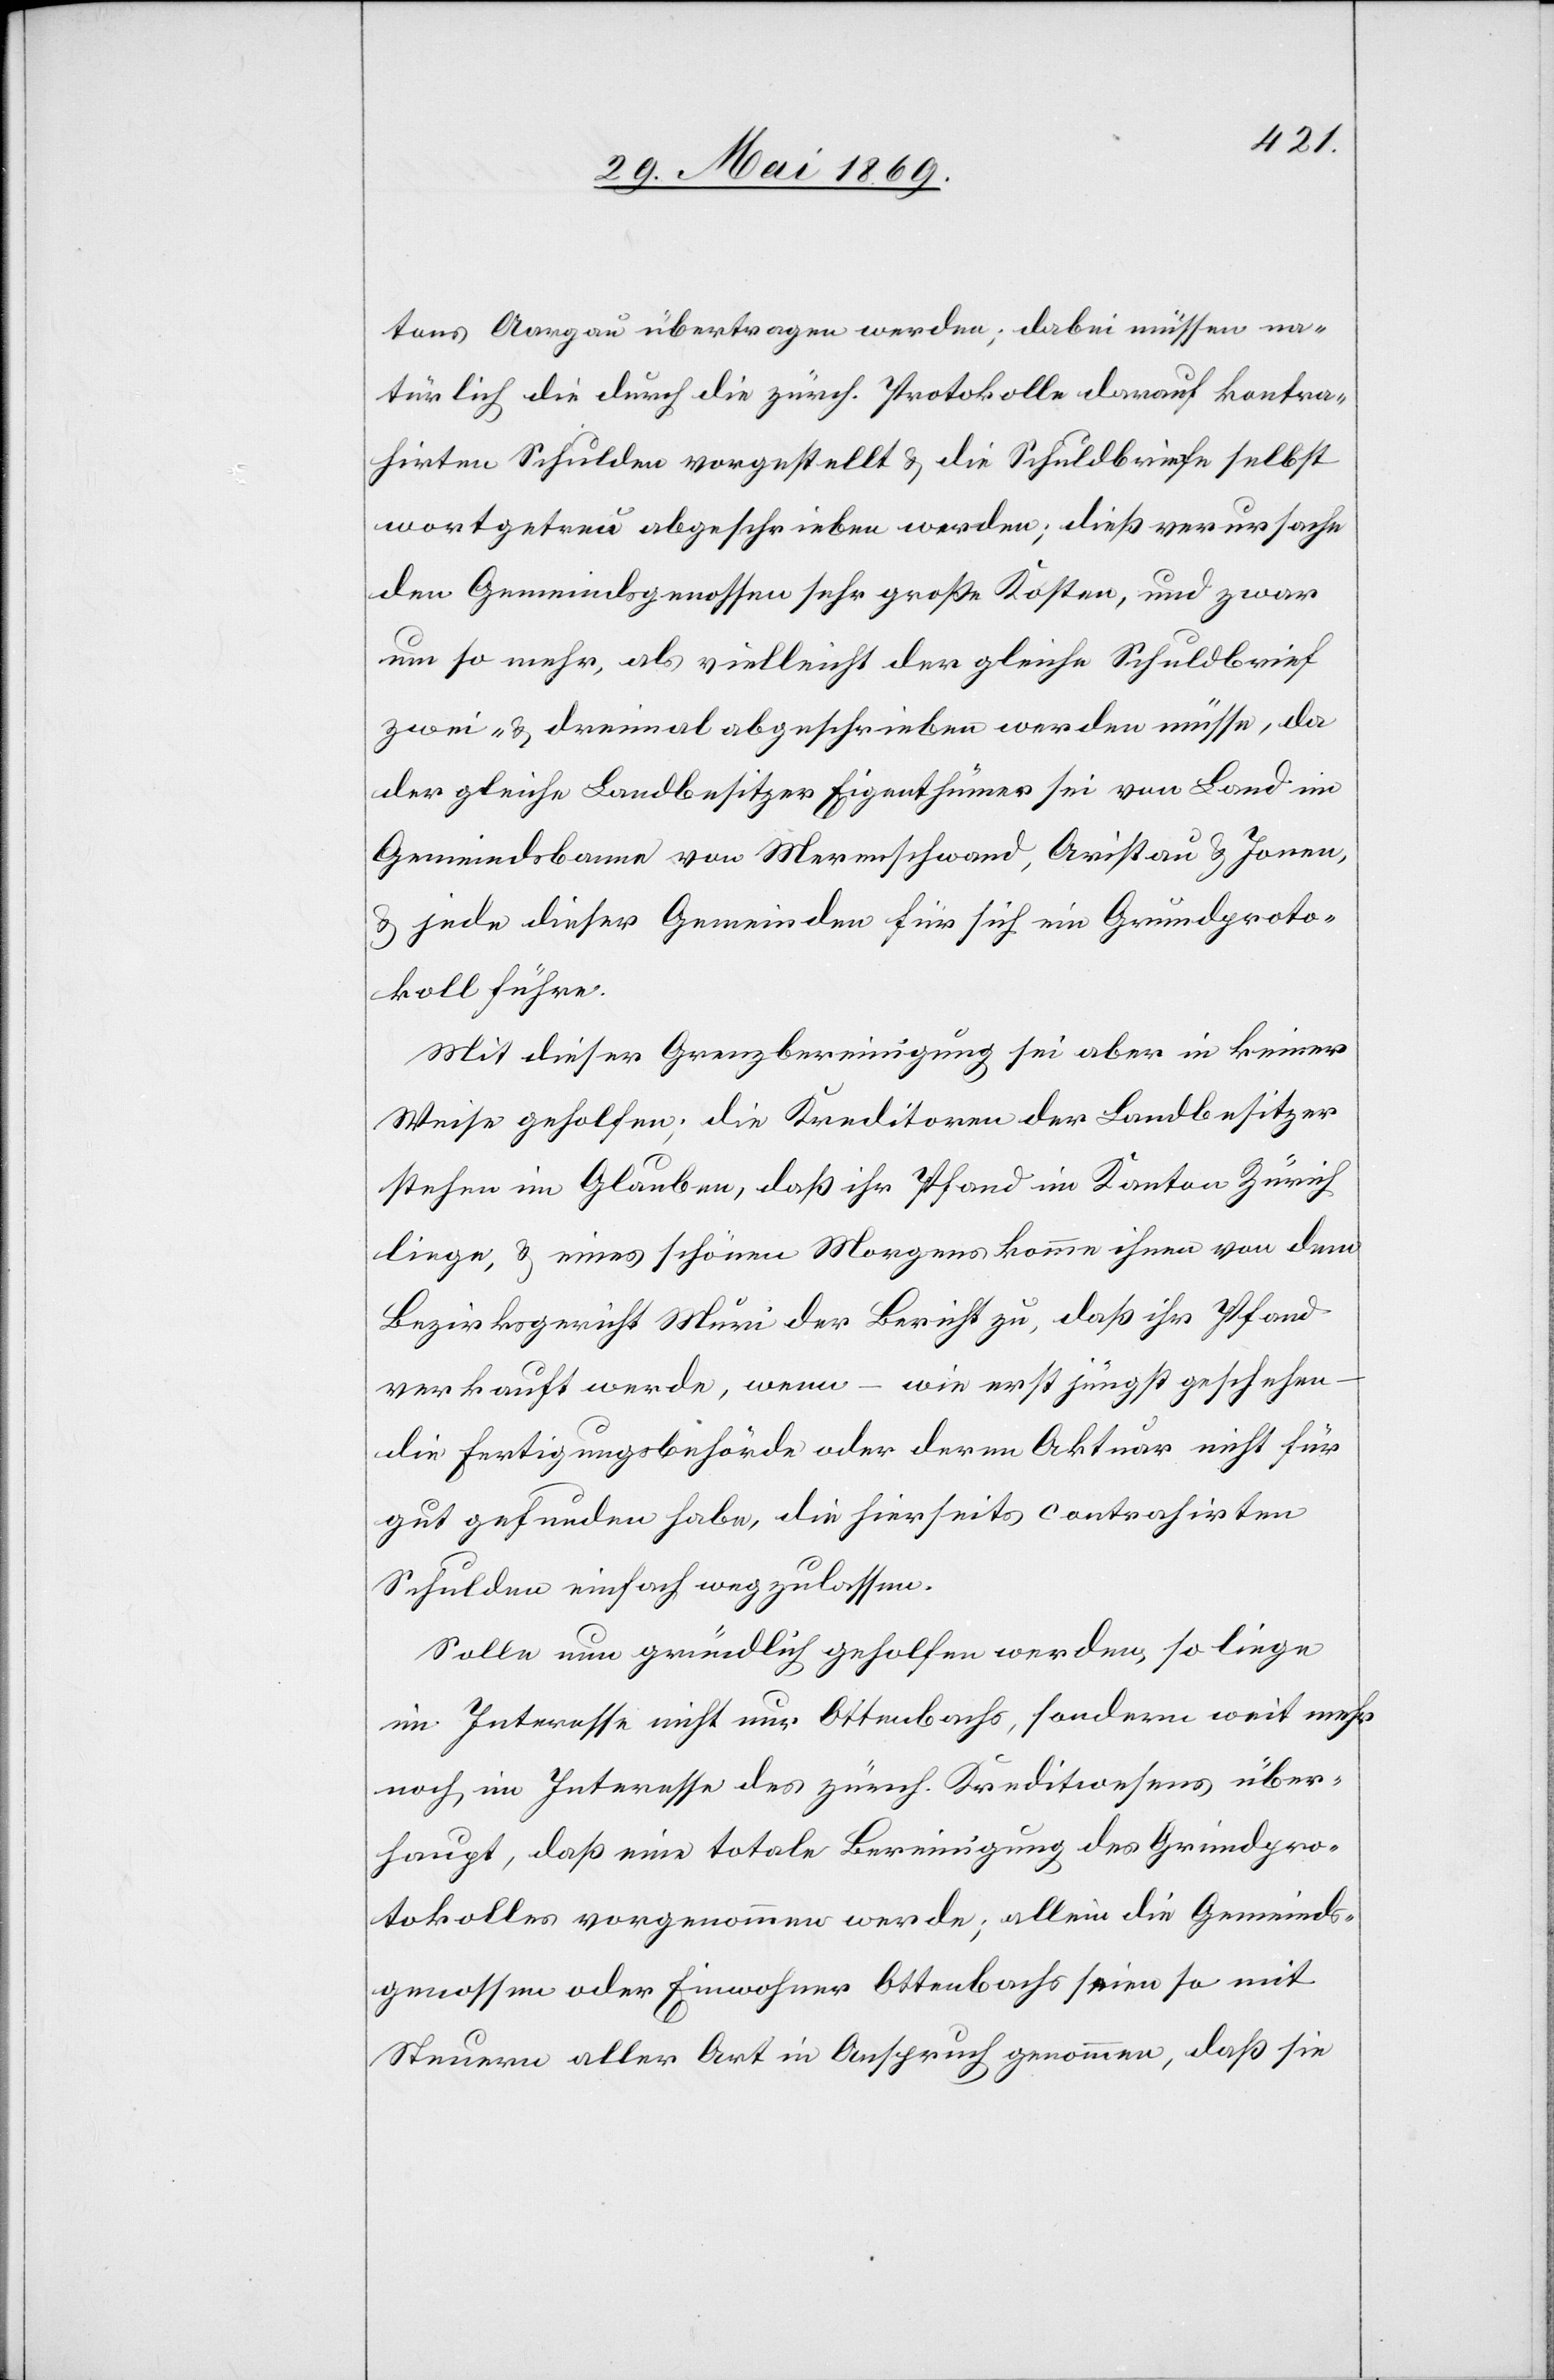
tons Aargau übertragen werden; dabei müssen na¬
türlich die durch die zürch. Protokolle darauf kontra¬
hirten Schulden vorstellt u. die Schuldbriefe selbst
wortgetreu abgeschrieben werden; dieß verursache
den Gemeindsgenossen sehr große Kosten, und zwar
um so mehr, als vielleicht der gleiche Schuldbrief
zwei- u. dreimal abgeschrieben werden müsse, da
der gleiche Landbesitzer Eigenthümer sei von Land im
Gemeindsbanne von Mehrenschwand, Aristau u. Jonen,
u. jede dieser Gemeinden für sich ein Grundproto¬
koll führe.
Mit dieser Grenzbereinigung sei aber in keiner
Weise geholfen; die Kreditoren der Landbesitzer
stehen im Glauben, daß ihr Pfand im Kanton Zürich
liege, u. eines schönen Morgens komme ihnen von dem
Bezirksgericht Muri der Bericht zu, daß ihr Pfand
verkauft werde, wenn – wie erst jüngst geschehen –
die Fertigungsbehörde oder deren Aktuar nicht für
gut gefunden habe, die hierseits contrahirten
Schulden einfach wegzulassen.
Solle nun gründlich geholfen werden, so liege
im Interesse nicht nur Ottenbachs, sondern weit mehr
noch im Interesse des zürch. Kreditwesens über¬
haupt, daß eine totale Bereinigung des Grundpro¬
tokolles vorgenommen werde; allein die Gemeinds¬
genossen oder Einwohner Ottenbachs seien so mit
Steuern aller Art in Anspruch genommen, daß sie